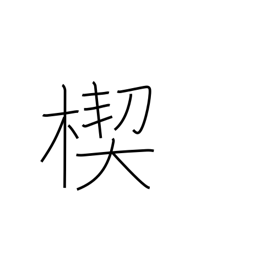
Meaning: wedge